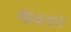
જાયતારા